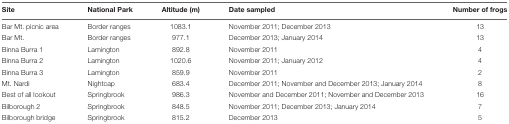
| Site | National Park | Altitude (m) | Date sampled | Number of frogs |
 | --- | --- | --- | --- | --- |
 | Bar Mt. picnic area | Border ranges | 1083.1 | November 2011; December 2013 | 13 |
 | Bar Mt. | Border ranges | 977.1 | December 2013; January 2014 | 13 |
 | Binna Burra 1 | Lamington | 892.8 | November 2011 | 4 |
 | Binna Burra 2 | Lamington | 1020.6 | November 2011; January 2012 | 4 |
 | Binna Burra 3 | Lamington | 859.9 | November 2011 | 2 |
 | Mt. Nardi | Nightcap | 683.4 | December 2011; November and December 2013; January 2014 | 8 |
 | Best of all lookout | Springbrook | 986.3 | November and December 2011; November and December 2013 | 16 |
 | Bilborough 2 | Springbrook | 848.5 | November 2011; December 2013; January 2014 | 7 |
 | Bilborough bridge | Springbrook | 815.2 | December 2013 | 5 |